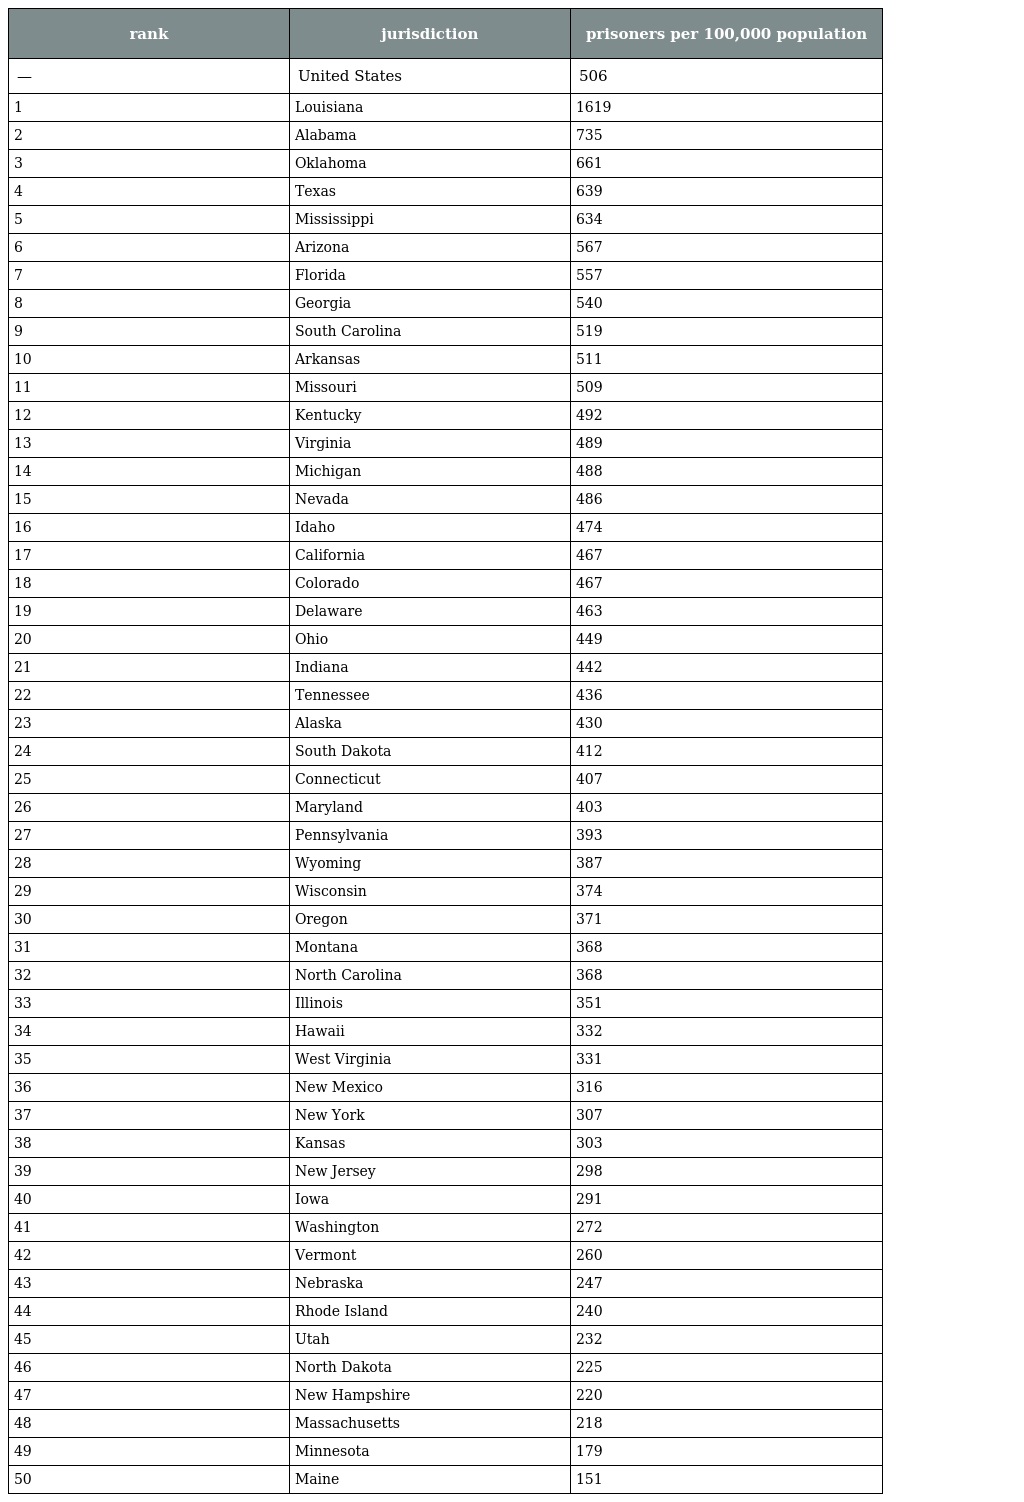
| rank | jurisdiction | prisoners per 100,000 population |
 | --- | --- | --- |
 | — | United States | 506 |
 | 1 | Louisiana | 1619 |
 | 2 | Alabama | 735 |
 | 3 | Oklahoma | 661 |
 | 4 | Texas | 639 |
 | 5 | Mississippi | 634 |
 | 6 | Arizona | 567 |
 | 7 | Florida | 557 |
 | 8 | Georgia | 540 |
 | 9 | South Carolina | 519 |
 | 10 | Arkansas | 511 |
 | 11 | Missouri | 509 |
 | 12 | Kentucky | 492 |
 | 13 | Virginia | 489 |
 | 14 | Michigan | 488 |
 | 15 | Nevada | 486 |
 | 16 | Idaho | 474 |
 | 17 | California | 467 |
 | 18 | Colorado | 467 |
 | 19 | Delaware | 463 |
 | 20 | Ohio | 449 |
 | 21 | Indiana | 442 |
 | 22 | Tennessee | 436 |
 | 23 | Alaska | 430 |
 | 24 | South Dakota | 412 |
 | 25 | Connecticut | 407 |
 | 26 | Maryland | 403 |
 | 27 | Pennsylvania | 393 |
 | 28 | Wyoming | 387 |
 | 29 | Wisconsin | 374 |
 | 30 | Oregon | 371 |
 | 31 | Montana | 368 |
 | 32 | North Carolina | 368 |
 | 33 | Illinois | 351 |
 | 34 | Hawaii | 332 |
 | 35 | West Virginia | 331 |
 | 36 | New Mexico | 316 |
 | 37 | New York | 307 |
 | 38 | Kansas | 303 |
 | 39 | New Jersey | 298 |
 | 40 | Iowa | 291 |
 | 41 | Washington | 272 |
 | 42 | Vermont | 260 |
 | 43 | Nebraska | 247 |
 | 44 | Rhode Island | 240 |
 | 45 | Utah | 232 |
 | 46 | North Dakota | 225 |
 | 47 | New Hampshire | 220 |
 | 48 | Massachusetts | 218 |
 | 49 | Minnesota | 179 |
 | 50 | Maine | 151 |